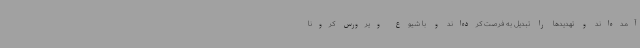
آمده‌اند و تهدیدها را تبدیل به فرصت کرده‌اند و با شیوع ویرورس کرونا